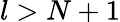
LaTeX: l>N+1